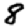
Digit: 8